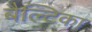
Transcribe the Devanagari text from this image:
बैल्टिका